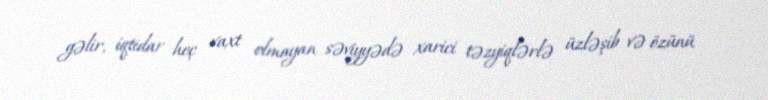
gəlir, iqtidar heç vaxt olmayan səviyyədə xarici təzyiqlərlə üzləşib və özünü